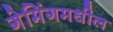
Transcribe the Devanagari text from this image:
गेमिंगमधील